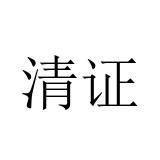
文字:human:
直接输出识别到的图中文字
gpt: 清证